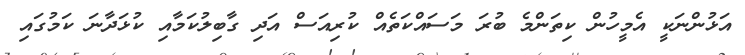
އަޅުންނަކީ އެމީހުން ކިތަންމެ ބުރަ މަސައްކަތެއް ކުރިއަސް އަދި ގާބިލުކަމާއި ކުޅަދާނަ ކަމުގައި